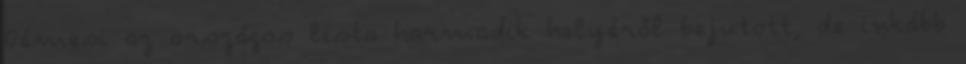
Gémesi az országos lista harmadik helyéről bejutott, de inkább